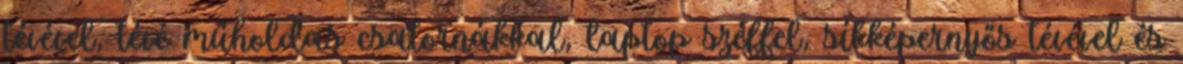
tévével, tévé műholdas csatornákkal, laptop széffel, síkképernyős tévével és